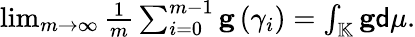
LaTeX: \begin{array}{r}{\operatorname*{lim}_{m\rightarrow\infty}\frac{1}{m}\sum_{i=0}^{m-1}\mathbf{g}\left(\gamma_{i}\right)=\int_{\mathbb{K}}\mathbf{g}\mathsf{d}\mu.}\end{array}